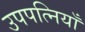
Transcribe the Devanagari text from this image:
उपपत्नियाँ